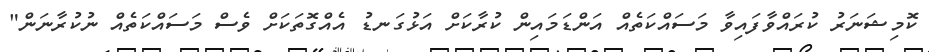
ކޮމިޝަނަރު ކުރައްވާފައިވާ މަސައްކަތެއް އަންޑަމައިން ކުރާކަށް އަޅުގަނޑު އެއްގޮތަކަށް ވެސް މަަސައްކަތެއް ނުކުރާނަން"